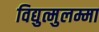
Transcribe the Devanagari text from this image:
विद्युत्मुलम्मा